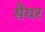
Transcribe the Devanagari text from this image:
सैयर